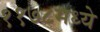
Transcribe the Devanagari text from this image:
११७८मध्ये